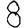
Digit: 8